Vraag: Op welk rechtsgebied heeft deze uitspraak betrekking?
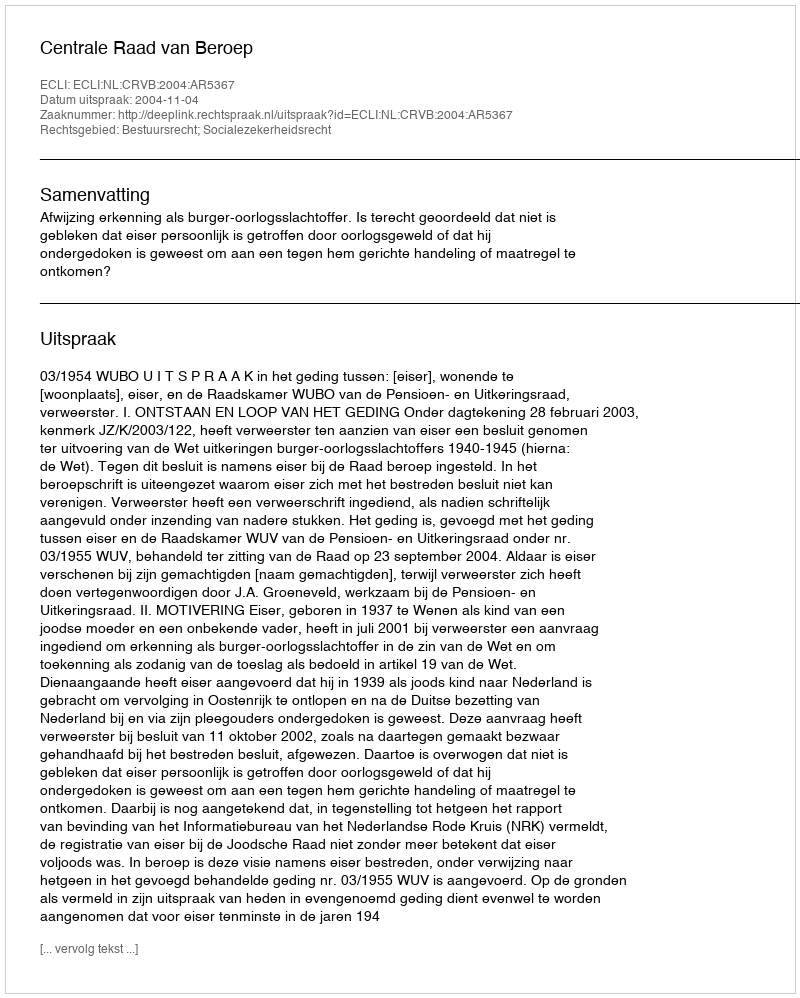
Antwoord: Bestuursrecht; Socialezekerheidsrecht